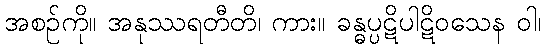
အစဉ်ကို။ အနုဿရတီတိ၊ ကား။ ခန္ဓပ္ပဋိပါဋိဝသေန ဝါ၊